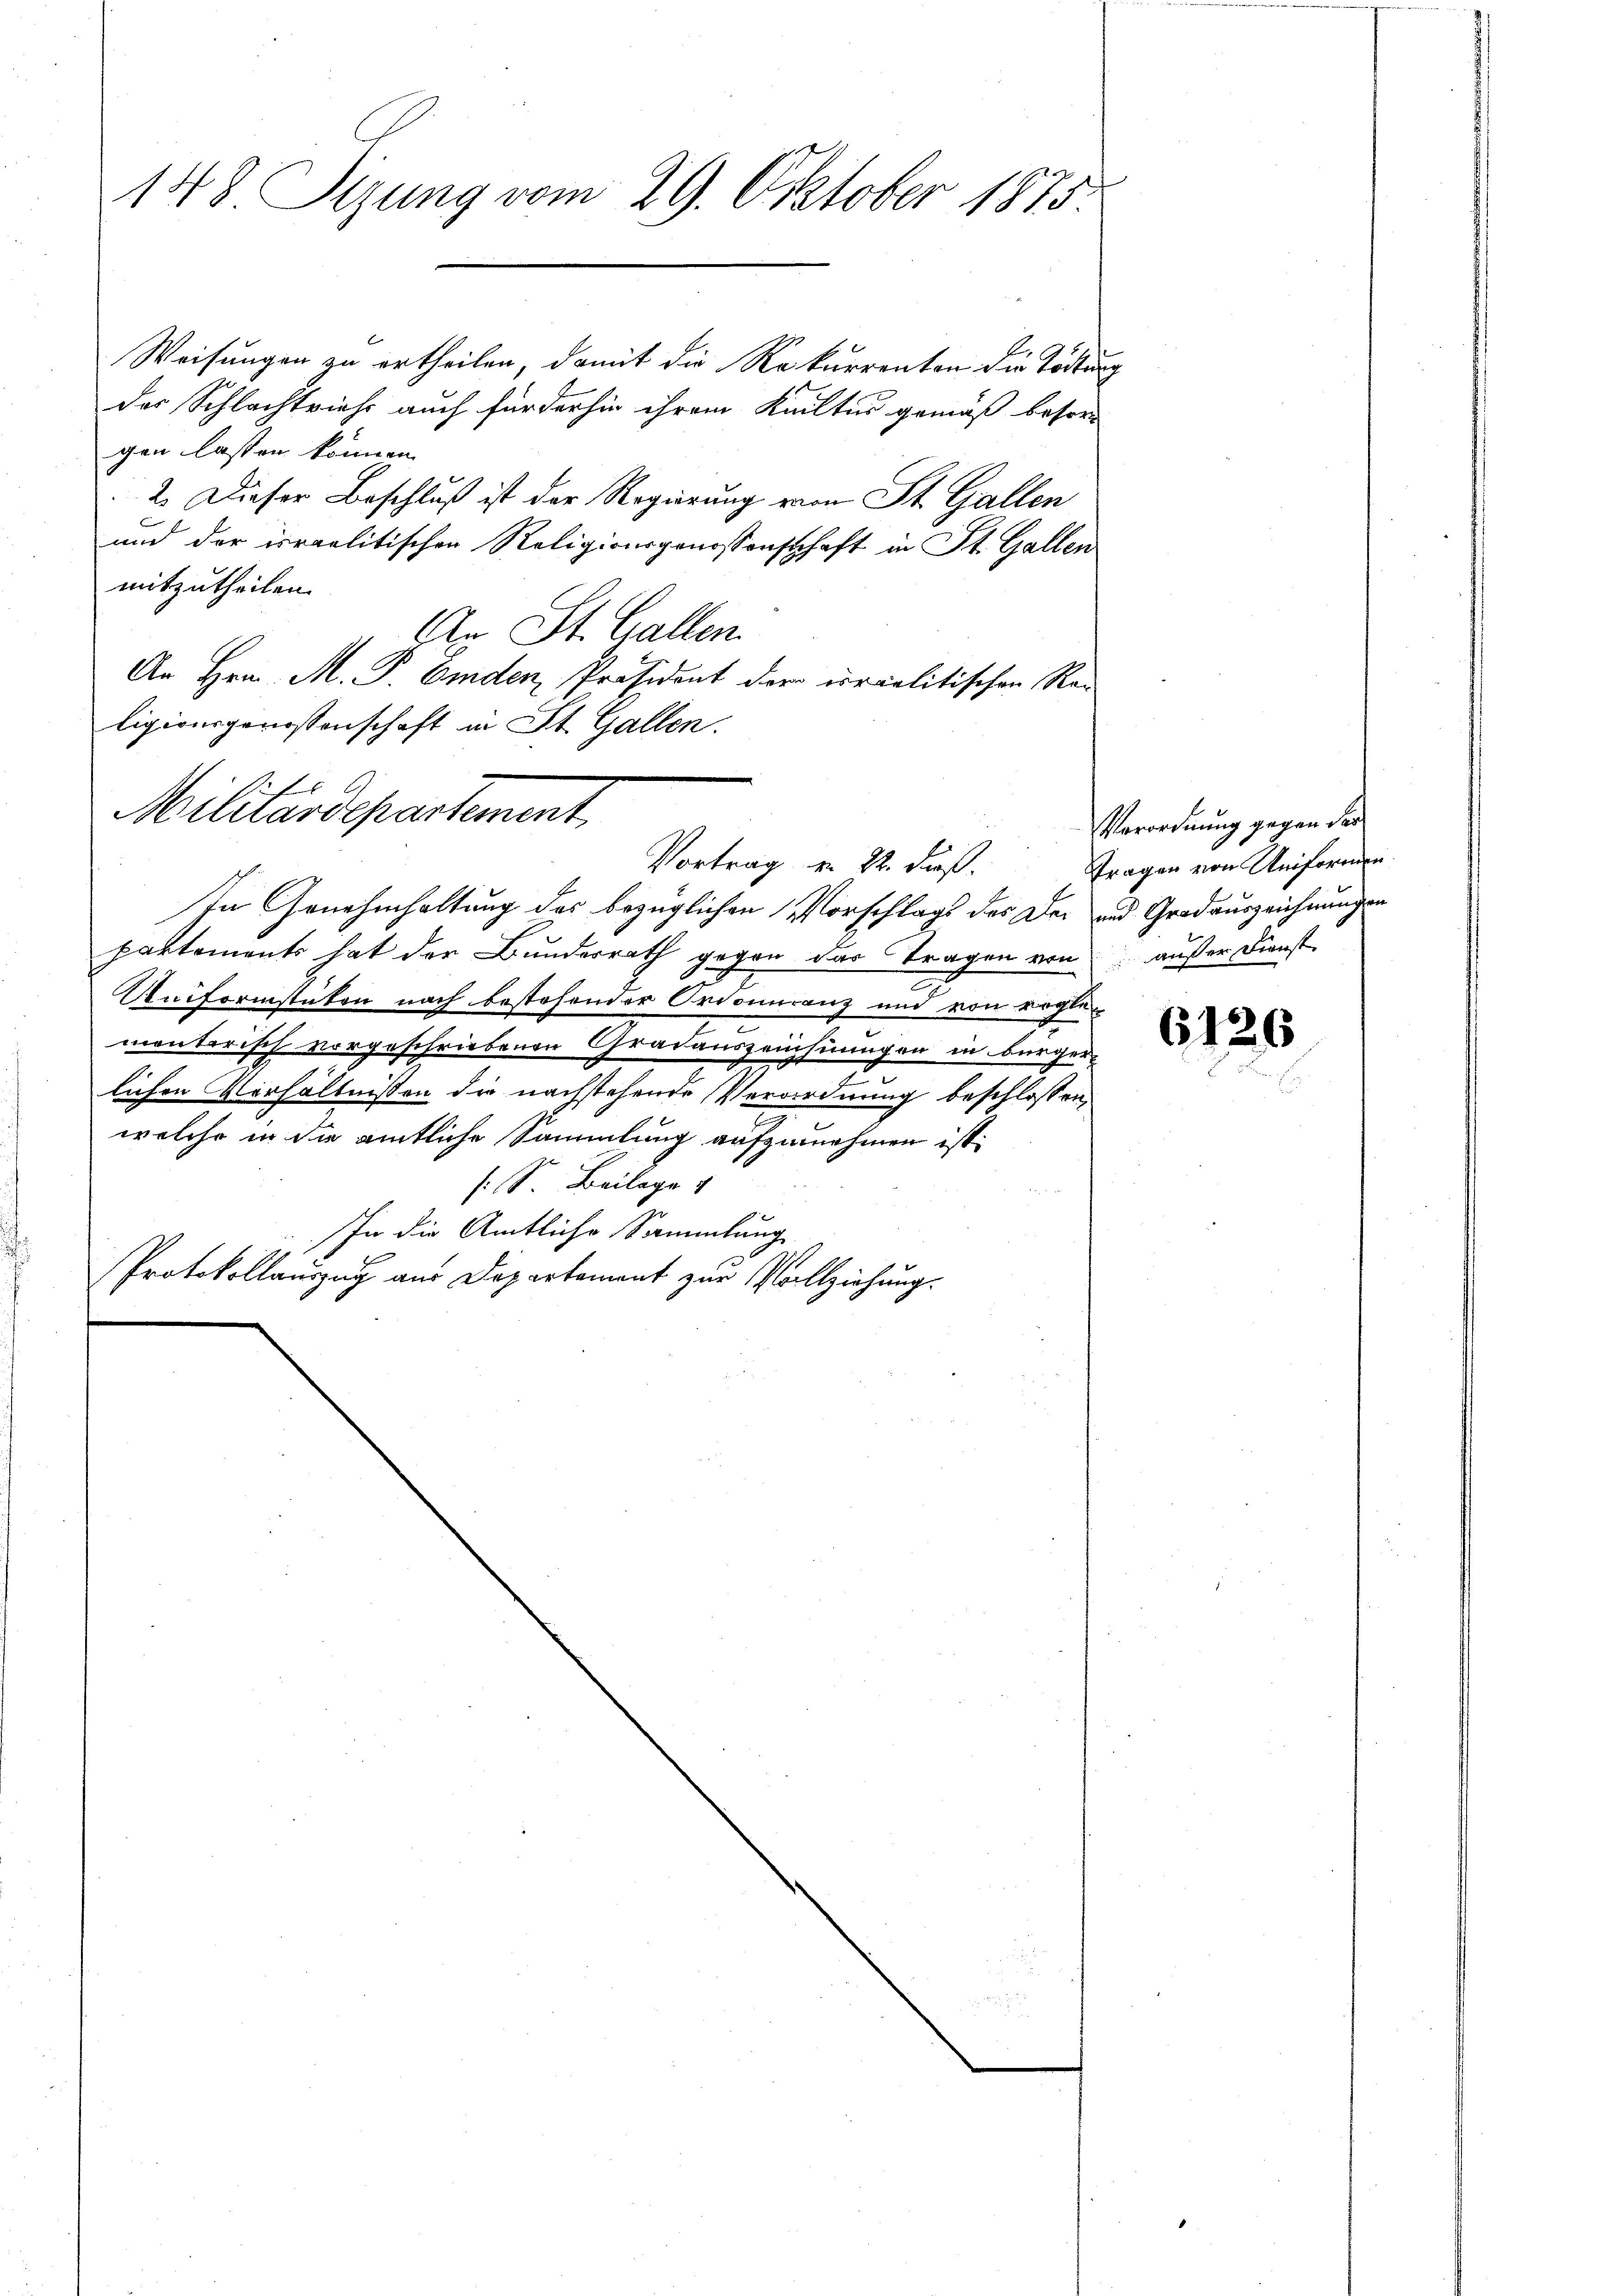
148 Sizung vom 29. Oktober 1873.

Weisungen zu ertheilen, damit die Rekurrenten die Tödtung
der Schlachtrieh auch für der hin ihrem Kultur gemäß besorgen lassen können.
2. Dieser Beschluß ist der Regierung von St. Gallen
und der israelitischen Religionsgenossenschaft in St. Gallen
mitzutheilen.
An St. Gallen.
An Hrn. M. P. Emden Präsident der irrelitischen Rei
ligionsgenossenschaft in St. Gallen.
Militärdepartement
In Genehmhaltung des bezüglichen Vorschlags des Der und Gradauszeichnungen
partements hat der Bundesrath gegen das Tragen von außer Dienst
Uniformstüken nach bestehender Ordonuranz und von regle
menterisch vorgeschriebenen Gradauszeichnungen in bürgerlichen Verhältnissen die nachstehende Verordnung beschlossen,
welche in die amtliche Sammlung aufzunehmen ist.
s: Beilage
In die Amtliche Sammlung
Protokollauszug aus Departement zur Vollziehung.

Vortrag v. 2. Fuß.

Verordnung gegen das
Fragen von Uniformen

6126